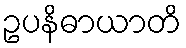
ဥပနိဓာယာတိ